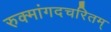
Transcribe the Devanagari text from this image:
रुक्मांगदचरितम्